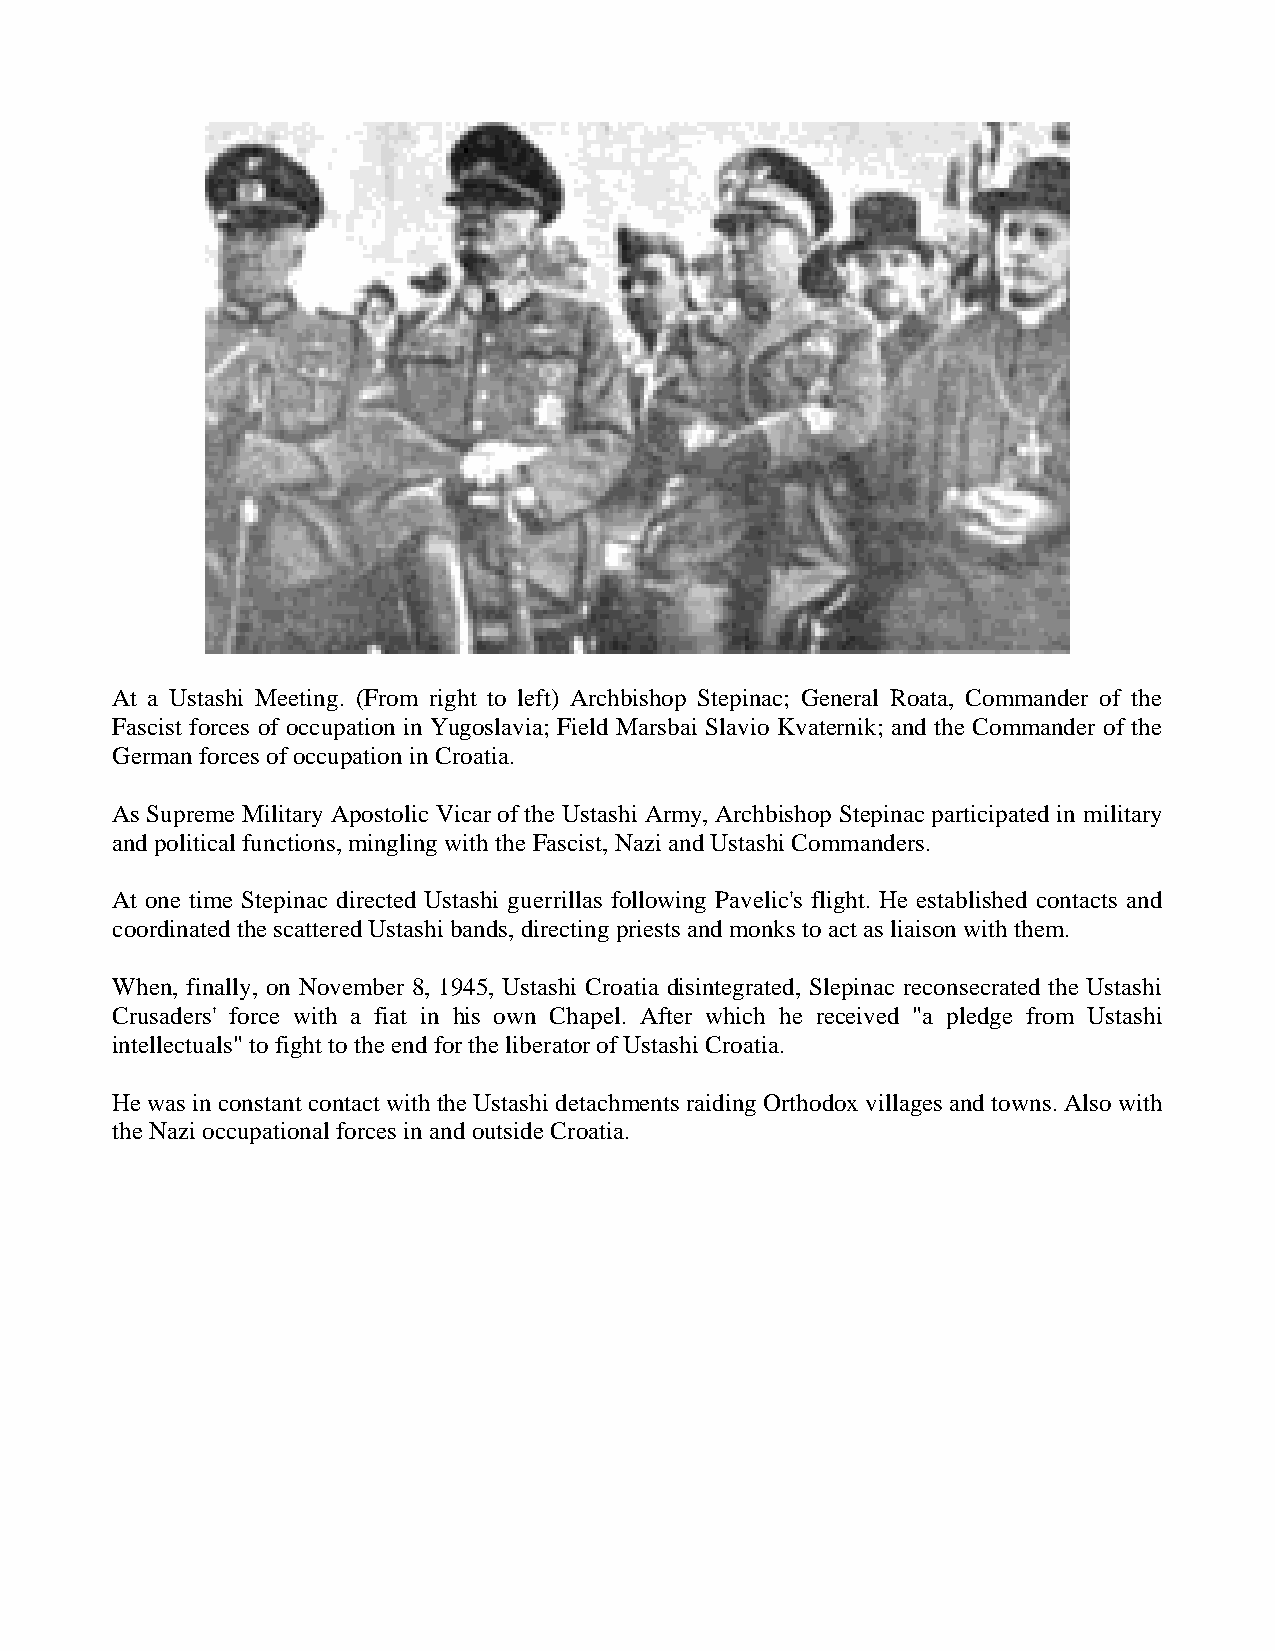
At a Ustashi Meeting. (From right to left) Archbishop Stepinac; General Roata, Commander of the
 Fascist forces of occupation in Yugoslavia; Field Marsbai Slavio Kvaternik; and the Commander of the
 German forces of occupation in Croatia.
 As Supreme Military Apostolic Vicar of the Ustashi Army, Archbishop Stepinac participated in military
 and political functions, mingling with the Fascist, Nazi and Ustashi Commanders.
 At one time Stepinac directed Ustashi guerrillas following Pavelic's flight. He established contacts and
 coordinated the scattered Ustashi bands, directing priests and monks to act as liaison with them.
 When, finally, on November 8, 1945, Ustashi Croatia disintegrated, Slepinac reconsecrated the Ustashi
 Crusaders' force with a fiat in his own Chapel. After which he received "a pledge from Ustashi
 intellectuals" to fight to the end for the liberator of Ustashi Croatia.
 He was in constant contact with the Ustashi detachments raiding Orthodox villages and towns. Also with
 the Nazi occupational forces in and outside Croatia.